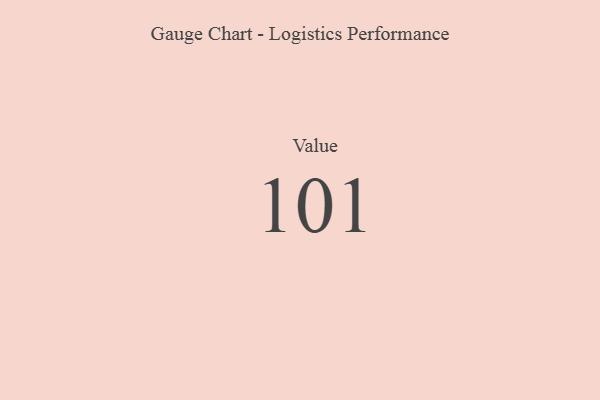
{"axis": {"x": "Metric", "y": "Value"}, "legend": [""], "data": [{"x": "Value", "y": 101, "type": ""}]}